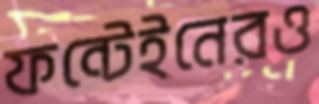
ফন্টেইনেরও